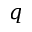
q